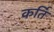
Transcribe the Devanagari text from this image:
कर्ति